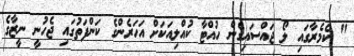
" ކެމެރާގައި ލޯ ޖައްސައިގެން ހުއްޓާ ކުއްލިއަކަށް އަހަރެންގެ ކަންފަތުގައި ޖެހުނީ ނީޒާގެ